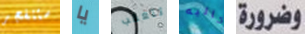
ستنفجر يا تتعقب كاليه وضرورة